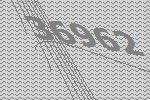
36962